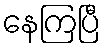
နေကြပြီ